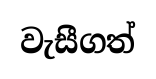
වැසීගත්